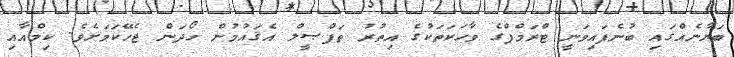
ބަޔާނެއްގައި ބުނެފައިވަނީ ޓްރަމްޕްގެ ވާހަކަތަކުގެ އިތުރު ތަފްޞީލް އެޤައުމުން ހޯދަން ޖެހޭކަމަށެވެ. ކިމްއާއި